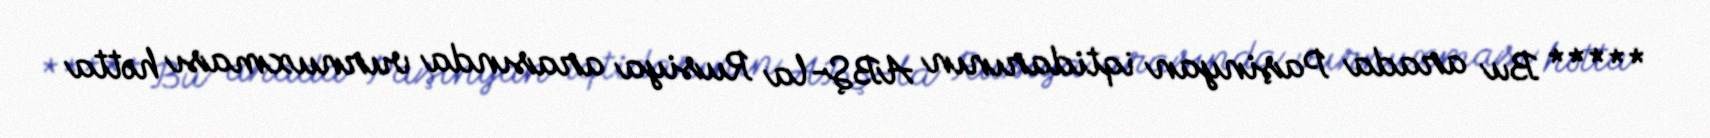
***** Bu arada Paşinyan iqtidarının ABŞ-la Rusiya arasında vurnuxması hətta